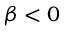
\beta < 0